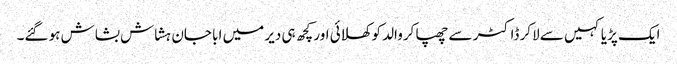
ایک پڑیا کہیں سے لاکر ڈاکٹر سے چھپا کروالد کو کھلائی اور کچھ ہی دیر میں ابا جان ہشاش بشاش ہو گئے۔